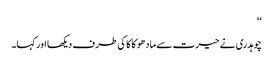
‘‘
چوہدری نے حیرت سے مادھو کاکا کی طرف دیکھا اور کہا۔